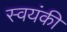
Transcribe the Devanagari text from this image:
स्वयंकी